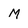
Character: M